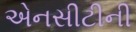
એનસીટીની